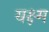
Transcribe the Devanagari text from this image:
यक्ष्म